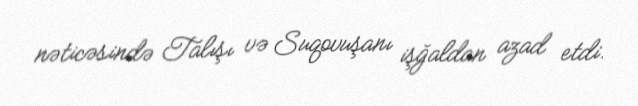
nəticəsində Talışı və Suqovuşanı işğaldan azad etdi.